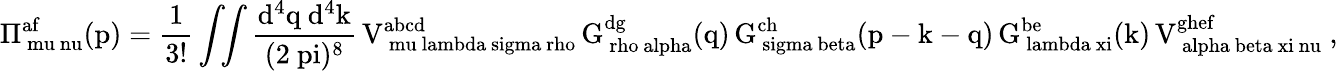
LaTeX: \mathrm{\Pi_{\ mu\ nu}^{af}(p)=\frac 1{3!}\int\! \! \int\frac{d^{4}q~d^{4}k}{(2\ pi)^{8}}\, V_{\ mu\ lambda\ sigma\ rho}^{abcd}\, G_{\ rho\ alpha}^{dg}(q)\, G_{\ sigma\ beta}^{ch}(p-k-q)\, G_{\ lambda\ xi}^{be}(k)\, V_{\ alpha\ beta\ xi\ nu}^{ghef}~,}